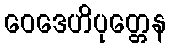
ဝေဒေဟိပုတ္တေန